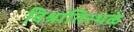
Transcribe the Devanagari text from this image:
विश्रांतिस्थळे